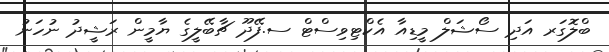
ބްލޮގަރ އަދި ސޯޝަލް މީޑިއާ އެކްޓިވިސްޓް ސ.ފޭދޫ ޗާބޭލީގެ ޔާމީން ރަޝީދު ނުހަނު